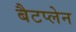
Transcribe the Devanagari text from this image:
बैटप्लेन